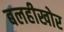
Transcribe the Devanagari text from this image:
बलहीखोर